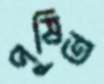
পুষিত